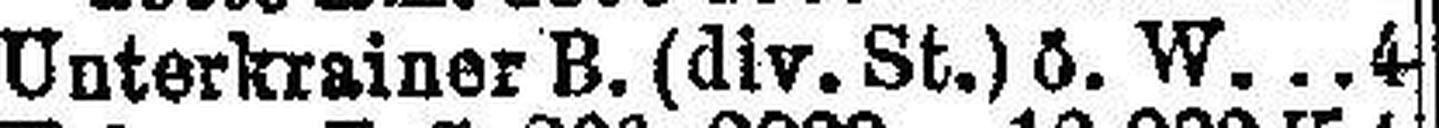
Unterkrainer B. (div. St.) ö. W 4